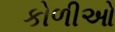
કોળીઓ